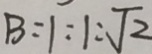
B : 1 : 1 : \sqrt { 2 }